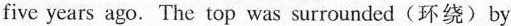
five years ago. The top was surrounded(环绕)by